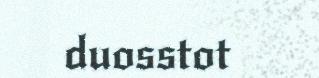
duosstot